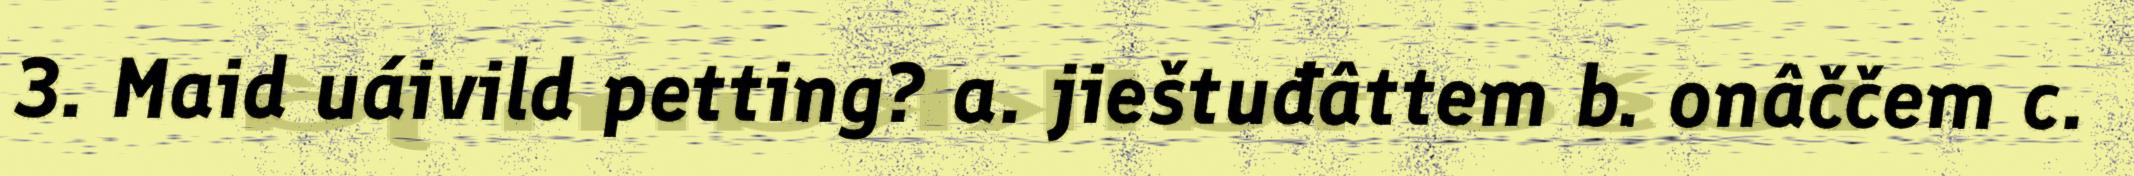
3. Maid uáivild petting? a. jieštuđâttem b. onâččem c.